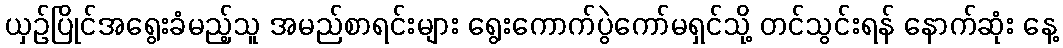
ယှဉ်ပြိုင်အရွေးခံမည့်သူ အမည်စာရင်းများ ရွေးကောက်ပွဲကော်မရှင်သို့ တင်သွင်းရန် နောက်ဆုံး နေ့